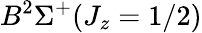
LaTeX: B^{2}\Sigma^{+}(J_{z}=1/2)